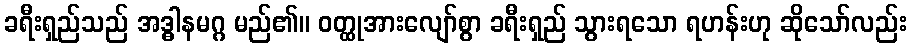
ခရီးရှည်သည် အဒ္ဓါနမဂ္ဂ မည်၏။ ဝတ္ထုအားလျော်စွာ ခရီးရှည် သွားရသော ရဟန်းဟု ဆိုသော်လည်း